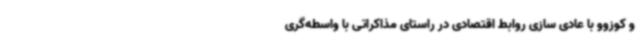
و کوزوو با عادی سازی روابط اقتصادی در راستای مذاکراتی با واسطه‌گری